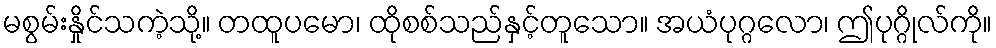
မစွမ်းနှိုင်သကဲ့သို့။ တထူပမော၊ ထိုစစ်သည်နှင့်တူသော။ အယံပုဂ္ဂလော၊ ဤပုဂ္ဂိုလ်ကို။